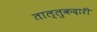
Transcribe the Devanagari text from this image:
ताल्लुकदारी